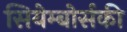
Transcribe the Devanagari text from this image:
सियेम्बोर्सकी